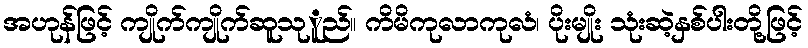
အဟုန်ဖြင့် ကျိုက်ကျိုက်ဆူသုူည်။ ကိမိကုလာကုလံ၊ ပိုးမျိုး သုံးဆဲ့နှစ်ပါးတို့ဖြင့်